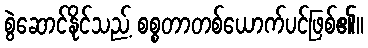
စွဲဆောင်နိုင်သည့် စစ္စတာတစ်ယောက်ပင်ဖြစ်၏။